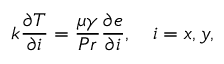
k \frac { \partial T } { \partial i } = \frac { \mu \gamma } { P r } \frac { \partial e } { \partial i } , \quad i = x , y ,